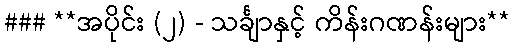
### **အပိုင်း (၂) - သင်္ချာနှင့် ကိန်းဂဏန်းများ**